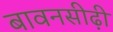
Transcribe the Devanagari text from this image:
बावनसीढ़ी